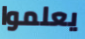
يعلموا